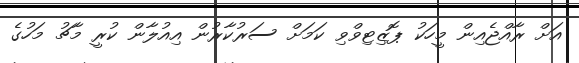
އަށް ރާއްޖެއިން މީހަކު ޕޮޒިޓިވްވި ކަމަށް ސަރުކާރުން އިއުލާން ކުރީ މާޗު މަހުގެ